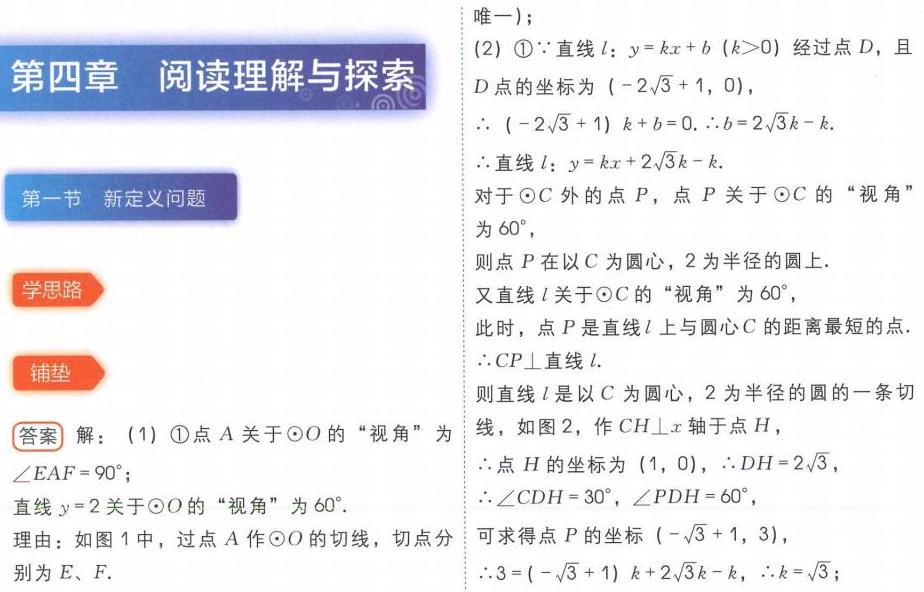
第四章 阅读理解与探索
第一节 新定义问题
学思路
铺垫
答案 解：(1) \textcircled{1}点\(A\)关于\(\odot O\)的 “视角” 为\(\angle EAF = 90^{\circ}\)；
直线\(y = 2\)关于\(\odot O\)的 “视角” 为\(60^{\circ}\).
理由：如图 1 中，过点\(A\)作\(\odot O\)的切线，切点分别为\(E\)、\(F\).
(2) \textcircled{1}\(\because\)直线\(l\)：\(y = kx + b\ (k>0)\)经过点\(D\)，且
\(D\)点的坐标为\((-2\sqrt{3}+1,0)\)，
\(\therefore (-2\sqrt{3}+1)k + b = 0.\ \therefore b = 2\sqrt{3}k - k.\)
\(\therefore\)直线\(l\)：\(y = kx + 2\sqrt{3}k - k.\)
对于\(\odot C\)外的点\(P\)，点\(P\)关于\(\odot C\)的 “视角”
为\(60^{\circ}\)，
则点\(P\)在以\(C\)为圆心，\(2\)为半径的圆上.
又直线\(l\)关于\(\odot C\)的 “视角” 为\(60^{\circ}\)，
此时，点\(P\)是直线\(l\)上与圆心\(C\)的距离最短的点.
\(\therefore CP\perp\)直线\(l\).
则直线\(l\)是以\(C\)为圆心，\(2\)为半径的圆的一条切
线，如图 2，作\(CH\perp x\)轴于点\(H\)，
\(\therefore\)点\(H\)的坐标为\((1,0)\)，\(\therefore DH = 2\sqrt{3}\)，
\(\therefore\angle CDH = 30^{\circ}\)，\(\angle PDH = 60^{\circ}\)，
可求得点\(P\)的坐标\((-\sqrt{3}+1,3)\)，
\(\therefore 3 = (-\sqrt{3}+1)k + 2\sqrt{3}k - k\)，\(\therefore k = \sqrt{3}\)；